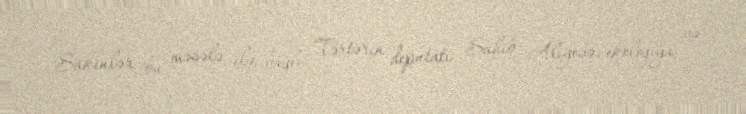
Sakinlər bu məsələ ilə bağlı Tərtərin deputatı Sahib Alıyevə, ekologiya və